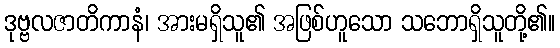
ဒုဗ္ဗလဇာတိကာနံ၊ အားမရှိသူ၏ အဖြစ်ဟူသော သဘောရှိသူတို့၏။